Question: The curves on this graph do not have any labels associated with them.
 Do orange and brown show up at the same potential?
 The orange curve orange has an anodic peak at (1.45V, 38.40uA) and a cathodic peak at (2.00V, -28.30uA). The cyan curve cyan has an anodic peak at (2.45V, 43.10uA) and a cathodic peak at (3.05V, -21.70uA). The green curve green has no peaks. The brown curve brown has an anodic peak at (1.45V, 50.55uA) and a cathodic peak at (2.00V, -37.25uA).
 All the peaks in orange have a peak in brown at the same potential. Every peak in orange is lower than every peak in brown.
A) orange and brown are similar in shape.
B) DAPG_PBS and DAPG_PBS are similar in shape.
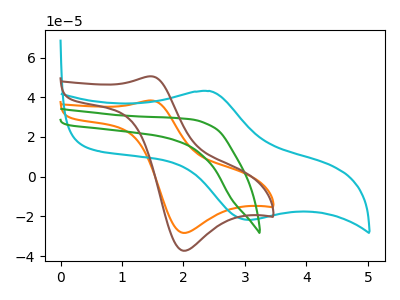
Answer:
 <answer>A) "orange" and "brown" are similar in shape.</answer>
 <eval>A</eval>